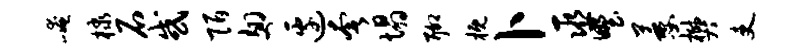
崦棣石或陌翅边奢塌聊概卜巫野萎樊吏